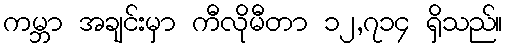
ကမ္ဘာ အချင်းမှာ ကီလိုမီတာ ၁၂,၇၁၄ ရှိသည်။